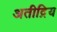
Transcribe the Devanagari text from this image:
अतीद्रिय